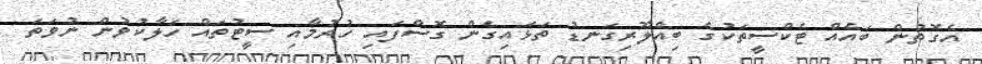
އެގޮތުން ބައެއް ޓެކްސީތަކުގެ ބިއްލޫރިގަނޑު ތަޅައިގެން ގޮސްފައި ހުރުމާއި ސީޓުތައް ހަލާކުވުން ނުވަތަ